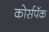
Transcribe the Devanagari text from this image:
कोर्सपॅक